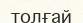
толғай